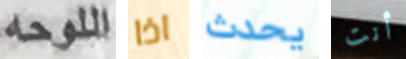
اللوحه اذا يحدث أنت